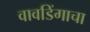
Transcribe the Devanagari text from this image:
वावडिंगाचा